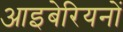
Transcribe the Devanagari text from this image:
आइबेरियनों